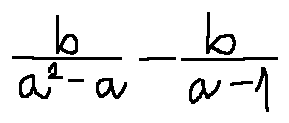
\frac { b } { a ^ { 2 } - a } - \frac { b } { a - 1 }